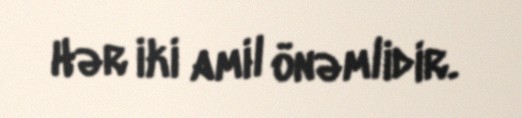
Hər iki amil önəmlidir.